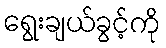
ရွေးချယ်ခွင့်ကို